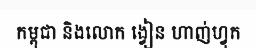
កម្ពុជា និងលោក ង្វៀន ហាញ់ហ្វុក